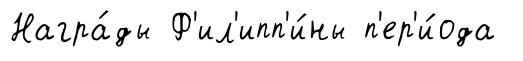
Награ́ды Ф'ил'ипп'и́ны п'ер'и́ода